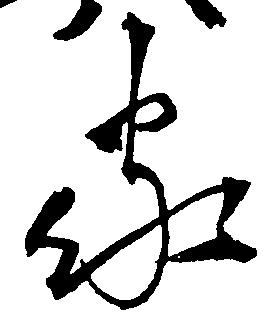
家